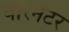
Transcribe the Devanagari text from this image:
वॉरनेटर